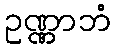
ဥဏ္ဏာဘံ